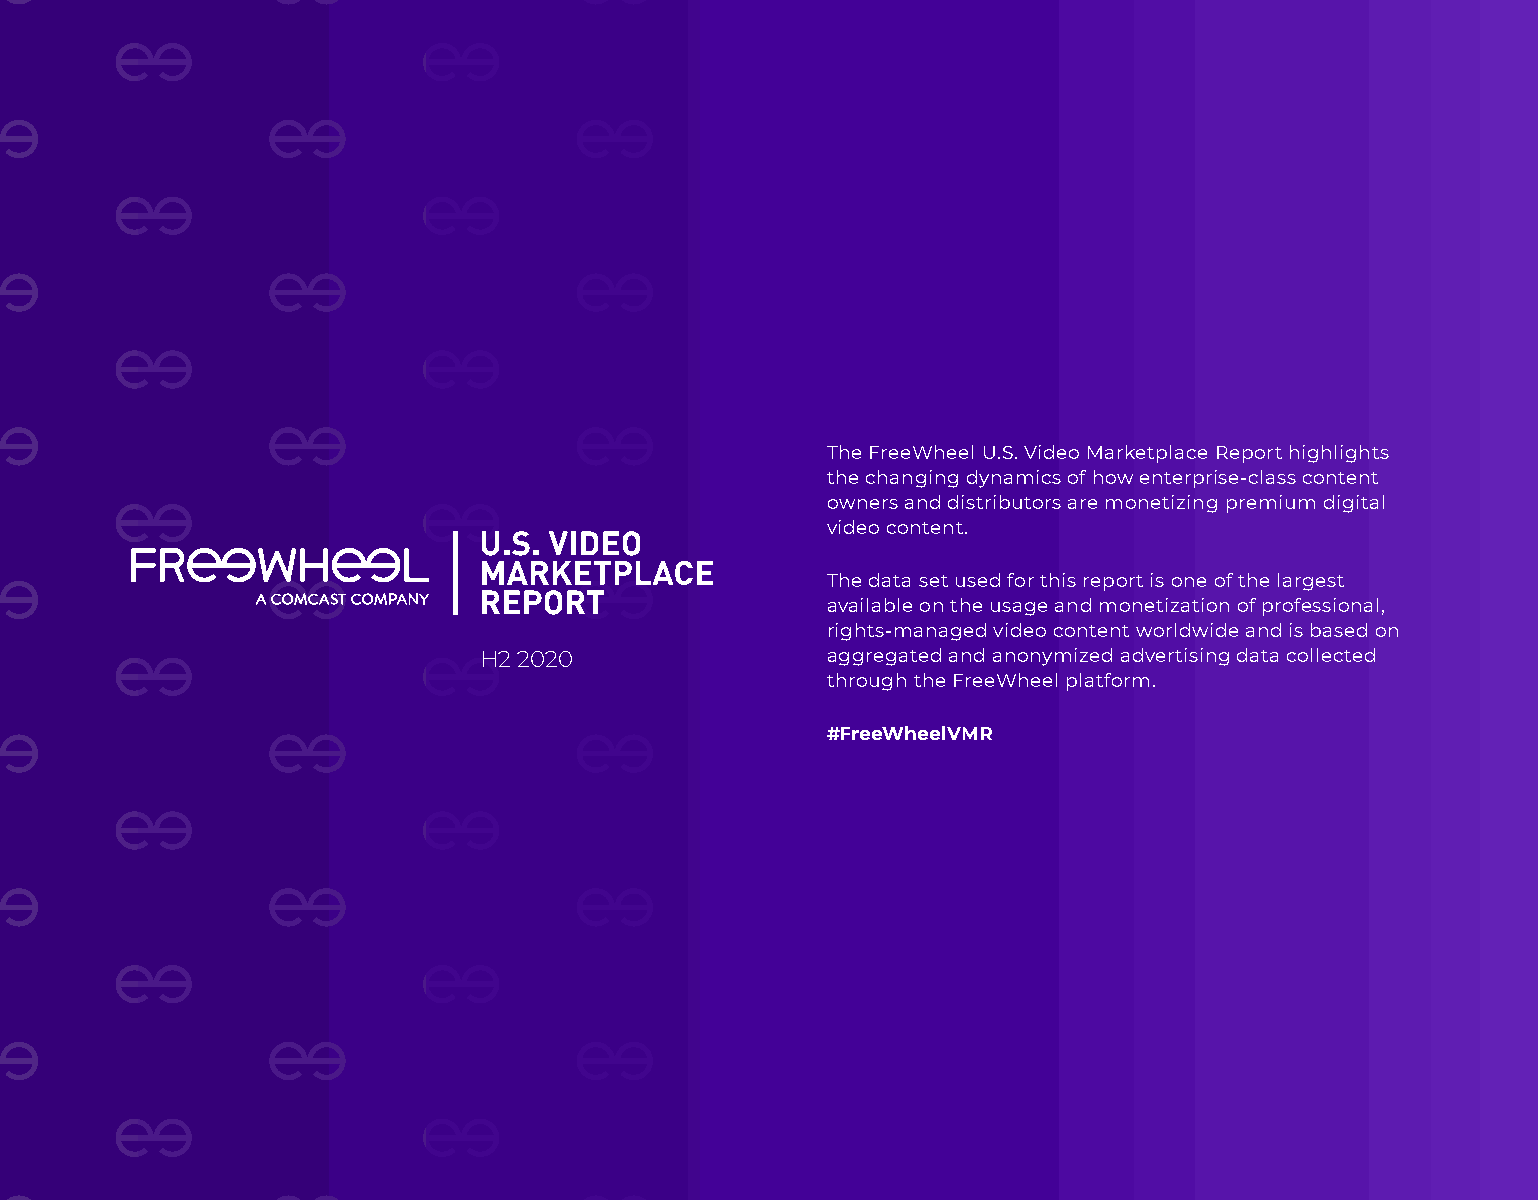
The FreeWheel U.S. Video Marketplace Report highlights
 the changing dynamics of how enterprise-class content
 owners and distributors are monetizing premium digital
 video content.
 The data set used for this report is one of the largest
 available on the usage and monetization of professional,
 rights-managed video content worldwide and is based on
 H2 2020                aggregated and anonymized advertising data collected
 through the FreeWheel platform.
 #FreeWheelVMR